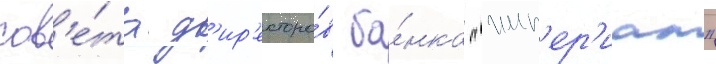
сов'е́та д'ир'екторо́в ба́нка "имп'ер'иал"